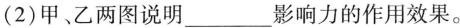
(2)甲、乙两图说明___影响力的作用效果。